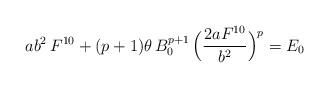
LaTeX: \begin{align*}ab^2\,F^{10}+(p+1)\theta\,B_0^{p+1}\,\Bigl(\frac{2aF^{10}}{b^2}\Bigr)^p=E_0\end{align*}